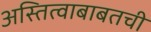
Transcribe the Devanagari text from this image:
अस्तित्वाबाबतची